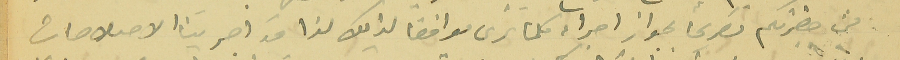
من حضرتكم تصريحاً بجواز اجراء كلما ترى موافقاً لذلك لذا قد اجرينا الاصلاحات